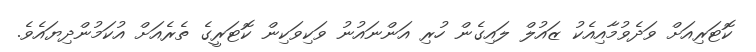
ކޮޓަރިއަށް ވަދެވުމާއިއެކު ޒައުލް ލައިގެން ހުރި އަންނައުނު ވަކިވަކިން ކޮޓަރީގެ ތެރެއަށް އުކަމުންދިޔައެވެ.